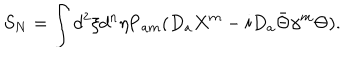
LaTeX: S _ { N } = \int d ^ { 2 } \xi d ^ { n } \eta \mathrm { P } _ { a m } ( D _ { a } X ^ { m } - i D _ { a } \bar { \Theta } \gamma ^ { m } \Theta ) .